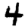
Digit: 4